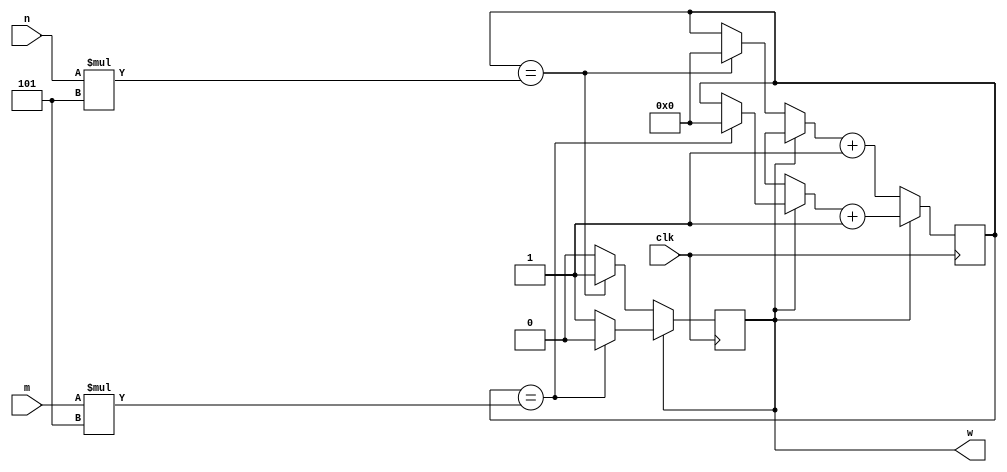
`timescale 1ns / 1ps
//////////////////////////////////////////////////////////////////////////////////
// Company: 
// Engineer: 
// 
// Design Name: 
// Module Name: squarewave_generator
// Project Name: 
// Target Devices: 
// Tool Versions: 
// Description: 
// 
// Dependencies: 
// 
// Revision:
// Revision 0.01 - File Created
// Additional Comments:
// 
//////////////////////////////////////////////////////////////////////////////////


module squarewave_generator(
    input wire clk,
    input wire [3:0] m, n,
    output wire w
    );
    
    // signal declaration
    wire [6:0] time_up, time_down; // wires that hold how long to stay high and low 
    reg [6:0] counter = 0; // counter to determine if we're at the point where the signal needs to be switched
    reg out = 1;
    //reg high, low; // registers to determine if w is high or low
    
    always @(posedge clk)
    begin
        
        
        case(out)
            1'b1: // if square wave is high
            begin
                if(counter == time_up) // if we've reached desired high time
                begin
                    out = 0; // set out as opposite (1 -> 0)
                    counter = 0; // reset counter
                end
                counter = counter + 1;
            end
            
            default: // if square wave is low
            begin
                if(counter == time_down) // if we've reached desired low time
                begin
                    out = 1; // set out as opposite (0 -> 1)
                    counter = 0; // reset counter
                end
                counter = counter + 1;
            end
        endcase      
        
    end
    
//    always @(m,n)
//    begin
//        out = 1;
//        #time_up;
//        out = 0;
//        #time_down;
//    end
    
    assign time_up = m*'d5; // with a clock period of 20ns, this comes out to be m*100 ns
    assign time_down = n*'d5;
    assign w = out;
endmodule